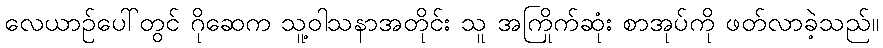
လေယာဉ်ပေါ်တွင် ဂိုဆေက သူ့ဝါသနာအတိုင်း သူ အကြိုက်ဆုံး စာအုပ်ကို ဖတ်လာခဲ့သည်။